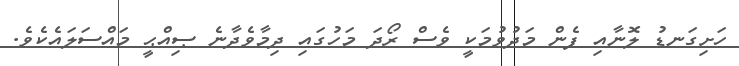
ހަށިގަނޑު ލޮނާއި ފެން މަދުވުމަކީ ވެސް ރޯދަ މަހުގައި ދިމާވެދާނެ ޞިއްޙީ މައްސަލައެކެވެ.